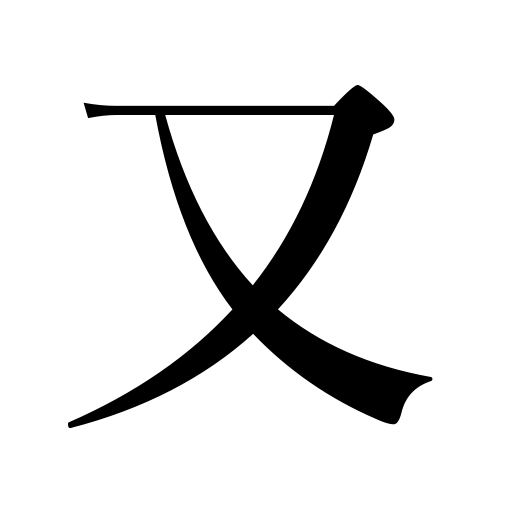
Meanings: on the other hand,and,furthermore,again